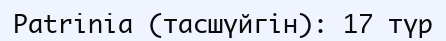
Patrinia (тасшүйгін): 17 түр